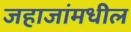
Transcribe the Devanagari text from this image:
जहाजांमधील